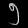
Digit: ၅